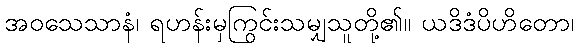
အဝသေသာနံ၊ ရဟန်းမှကြွင်းသမျှသူတို့၏။ ယဒိဒံပိဟိတော၊